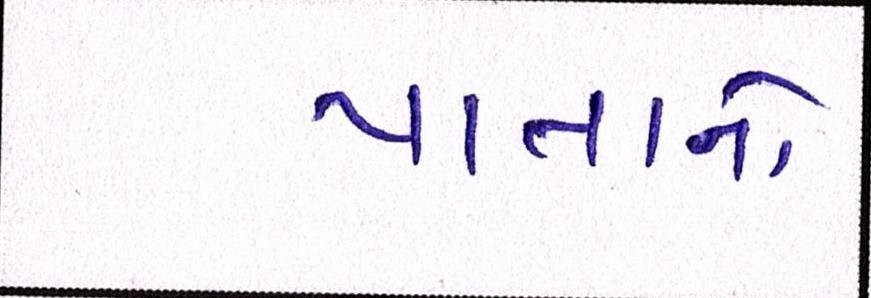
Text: પાતાનો